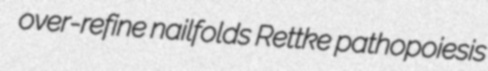
over-refine nailfolds Rettke pathopoiesis